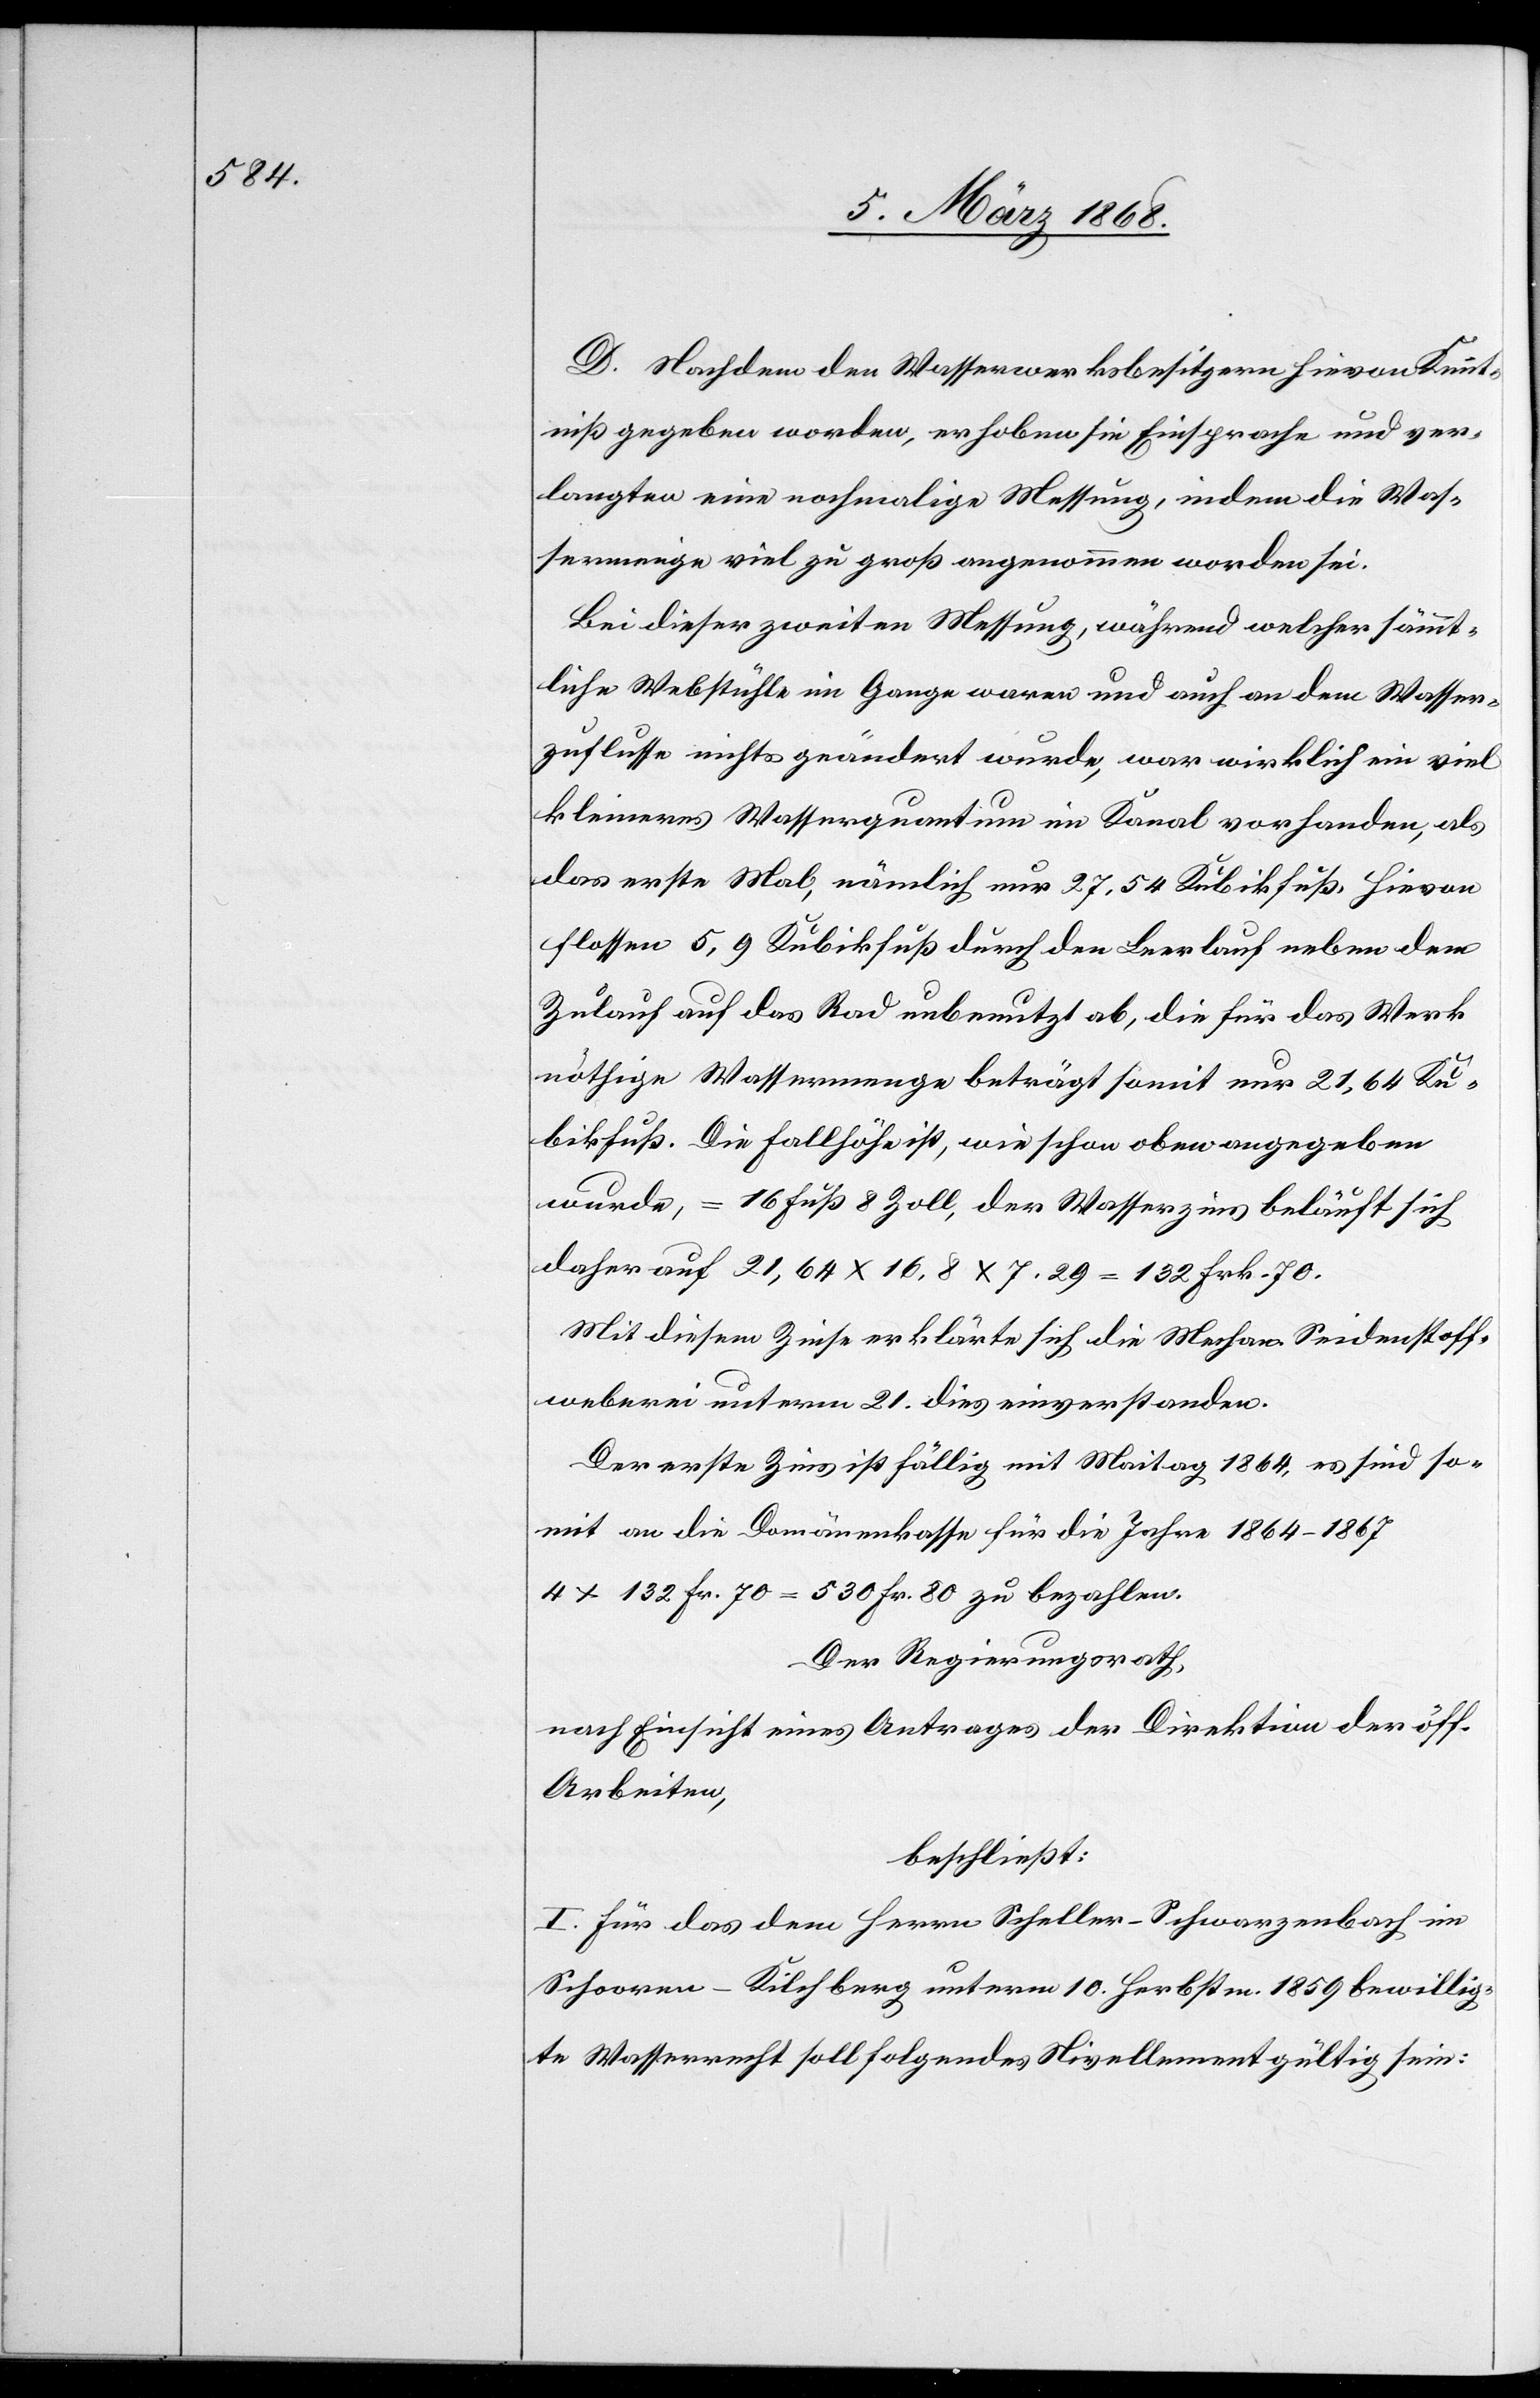
D. Nachdem den Wasserwerksbesitzern hievon Kennt¬
niß gegeben worden, erhoben sie Einsprache und ver¬
langten eine nochmalige Messung, indem die Was¬
sermenge viel zu groß angenommen worden sei.
Bei dieser zweiten Messung, während welcher sämmt¬
liche Webstühle im Gange waren und auch an dem Wasser¬
zuflusse nichts geändert wurde, war wirklich ein viel
kleineres Wasserquantum im Kanal vorhanden, als
das erste Mal, nämlich nur 27,54 Kubikfuß. Hievon
flossen 5,9 Kubikfuß durch den Leerlauf neben dem
Zulauf auf das Rad unbenutzt ab, die für das Werk
nöthige Wassermenge beträgt somit nur 21,64 Ku¬
bikfuß. Die Fallhöhe ist, wie schon oben angegeben
wurde, = 16 Fuß 8 Zoll, der Wasserzins beläuft sich
daher auf 21,64 x 16,8 x 7.29 = 132 Frk. 70.
Mit diesem Zinse erklärte sich die Mechan. Seidenstoff¬
weberei unterm 21. dies einverstanden.
Der erste Zins ist fällig mit Maitag 1864, es sind so¬
mit an die Domänenkasse für die Jahre 1864–1867
4 x 132 Fr. 70 = 530 Fr. 80 zu bezahlen.
Der Regierungsrath,
nach Einsicht eines Antrages der Direktion der öff.
Arbeiten,
beschließt:
I. Für das dem Herrn Scheller-Schwarzenbach im
Schooren-Kilchberg unterm 10. Herbstm. 1859 bewillig¬
te Wasserrecht soll folgendes Nivellement gültig sein: